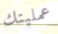
عمليتك